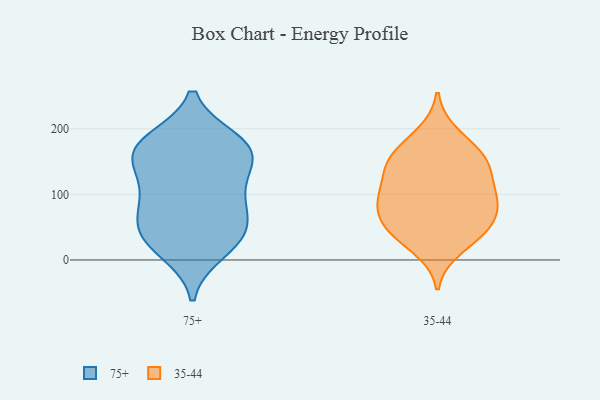
{"axis": {"x": "Shipments", "y": "Value"}, "legend": ["35-44", "75+"], "data": [{"x": "", "y": 100, "type": "75+"}, {"x": "", "y": 155, "type": "75+"}, {"x": "", "y": 180, "type": "75+"}, {"x": "", "y": 90, "type": "75+"}, {"x": "", "y": 164, "type": "75+"}, {"x": "", "y": 181, "type": "75+"}, {"x": "", "y": 44, "type": "75+"}, {"x": "", "y": 30, "type": "75+"}, {"x": "", "y": 56, "type": "75+"}, {"x": "", "y": 164, "type": "75+"}, {"x": "", "y": 155, "type": "75+"}, {"x": "", "y": 42, "type": "75+"}, {"x": "", "y": 14, "type": "75+"}, {"x": "", "y": 102, "type": "75+"}, {"x": "", "y": 169, "type": "35-44"}, {"x": "", "y": 92, "type": "35-44"}, {"x": "", "y": 85, "type": "35-44"}, {"x": "", "y": 18, "type": "35-44"}, {"x": "", "y": 44, "type": "35-44"}, {"x": "", "y": 151, "type": "35-44"}, {"x": "", "y": 94, "type": "35-44"}, {"x": "", "y": 141, "type": "35-44"}, {"x": "", "y": 46, "type": "35-44"}, {"x": "", "y": 88, "type": "35-44"}, {"x": "", "y": 109, "type": "35-44"}, {"x": "", "y": 153, "type": "35-44"}, {"x": "", "y": 139, "type": "35-44"}, {"x": "", "y": 192, "type": "35-44"}, {"x": "", "y": 59, "type": "35-44"}, {"x": "", "y": 46, "type": "35-44"}]}